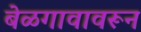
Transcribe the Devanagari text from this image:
बेळगावावरून